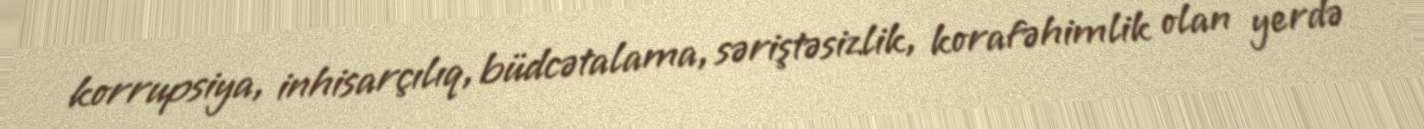
korrupsiya, inhisarçılıq, büdcətalama, səriştəsizlik, korafəhimlik olan yerdə